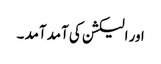
اور الیکشن کی آمد آمد ۔